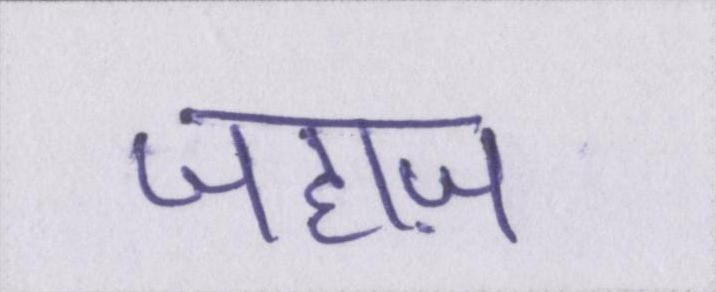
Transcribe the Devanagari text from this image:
जहाज़